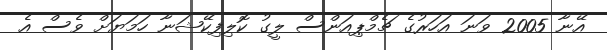
އޭނާ 2005 ވަނަ އަހަރުގެ ޗެމްޕިއަންސް ލީގު ކޮލިފިކޭޝަނާ ހަމަޔަށް ވެސް އެ